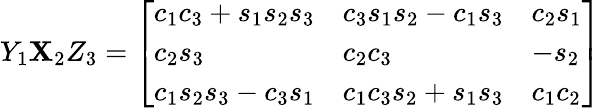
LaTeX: Y_{1}\mathbf{X}_{2}Z_{3}={\left[\begin{array}{lll}{c_{1}c_{3}+s_{1}s_{2}s_{3}}&{c_{3}s_{1}s_{2}-c_{1}s_{3}}&{c_{2}s_{1}}\\ {c_{2}s_{3}}&{c_{2}c_{3}}&{-s_{2}}\\ {c_{1}s_{2}s_{3}-c_{3}s_{1}}&{c_{1}c_{3}s_{2}+s_{1}s_{3}}&{c_{1}c_{2}}\end{array}\right]}